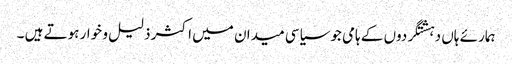
ہمارئے ہاں دہشتگردوں کے ہامی جوسیاسی میدان میں اکثر ذلیل و خوار ہوتے ہیں ۔